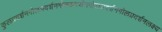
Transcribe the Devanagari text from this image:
कुलप्रदर्शनगोलप्रदर्शनगोलप्रदर्शनगोलप्रदर्शनगोलप्रदर्शनलक्ष्य